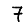
Digit: 7